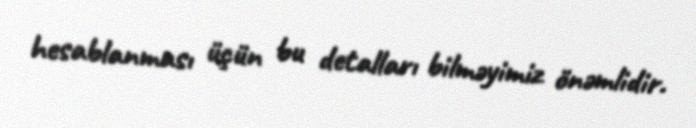
hesablanması üçün bu detalları bilməyimiz önəmlidir.